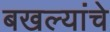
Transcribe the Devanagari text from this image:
बखल्यांचे